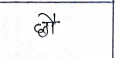
मजकूर: छौ